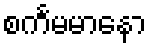
စင်္ကမမာနော